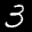
Digit: 3